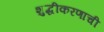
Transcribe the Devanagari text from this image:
शुद्धीकरणाची